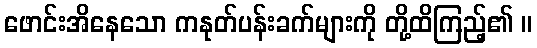
ဖောင်းအိနေသော ကနုတ်ပန်းခက်များကို တို့ထိကြည့်၏ ။